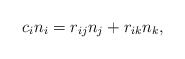
\begin{align*}c_i n_i = r_{ij} n_j + r_{ik} n_k,\end{align*}